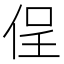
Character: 侱